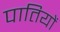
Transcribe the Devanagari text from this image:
पातियों